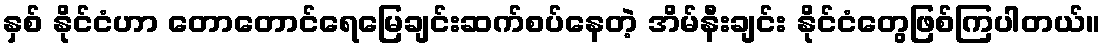
နှစ် နိုင်ငံဟာ တောတောင်ရေမြေချင်းဆက်စပ်နေတဲ့ အိမ်နီးချင်း နိုင်ငံတွေဖြစ်ကြပါတယ်။